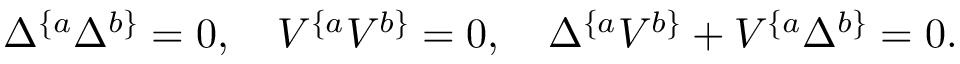
\Delta ^ { \{ a } \Delta ^ { b \} } = 0 , \quad V ^ { \{ a } V ^ { b \} } = 0 , \quad \Delta ^ { \{ a } V ^ { b \} } + V ^ { \{ a } \Delta ^ { b \} } = 0 .